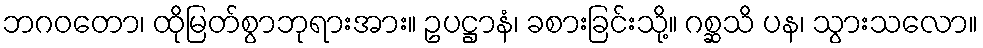
ဘဂဝတော၊ ထိုမြတ်စွာဘုရားအား။ ဥပဋ္ဌာနံ၊ ခစားခြင်းသို့။ ဂစ္ဆသိ ပန၊ သွားသလော။